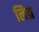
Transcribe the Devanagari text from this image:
लिय्र